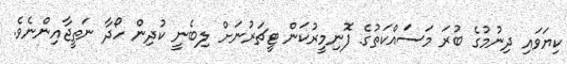
ކިޔަވައި ދިނުމުގެ ބުރަ މަސައްކަތުގެ ފޮނިމީރުކަން ޓީޗަރުނަށް ލިބެނީ ކުދިން ހޯދާ ނަތީޖާއިންނެވެ.